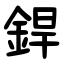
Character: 銲